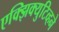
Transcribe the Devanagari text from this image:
एक्झिक्युटिव्हने